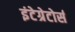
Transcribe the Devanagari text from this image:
इंटेग्रेटोर्स